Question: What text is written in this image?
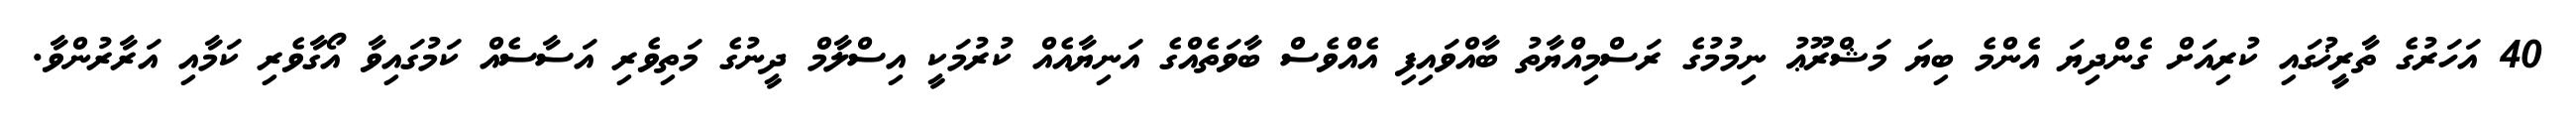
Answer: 40 އަހަރުގެ ތާރީޚުގައި ކުރިއަށް ގެންދިޔަ އެންމެ ބިޔަ މަޝްރޫޢު ނިމުމުގެ ރަސްމިއްޔާތު ބާއްވައިފި އެއްވެސް ބާވަތެއްގެ އަނިޔާއެއް ކުރުމަކީ އިސްލާމް ދީނުގެ މަތިވެރި އަސާސެއް ކަމުގައިވާ އޯގާވެރި ކަމާއި އަރާރުންވާ.